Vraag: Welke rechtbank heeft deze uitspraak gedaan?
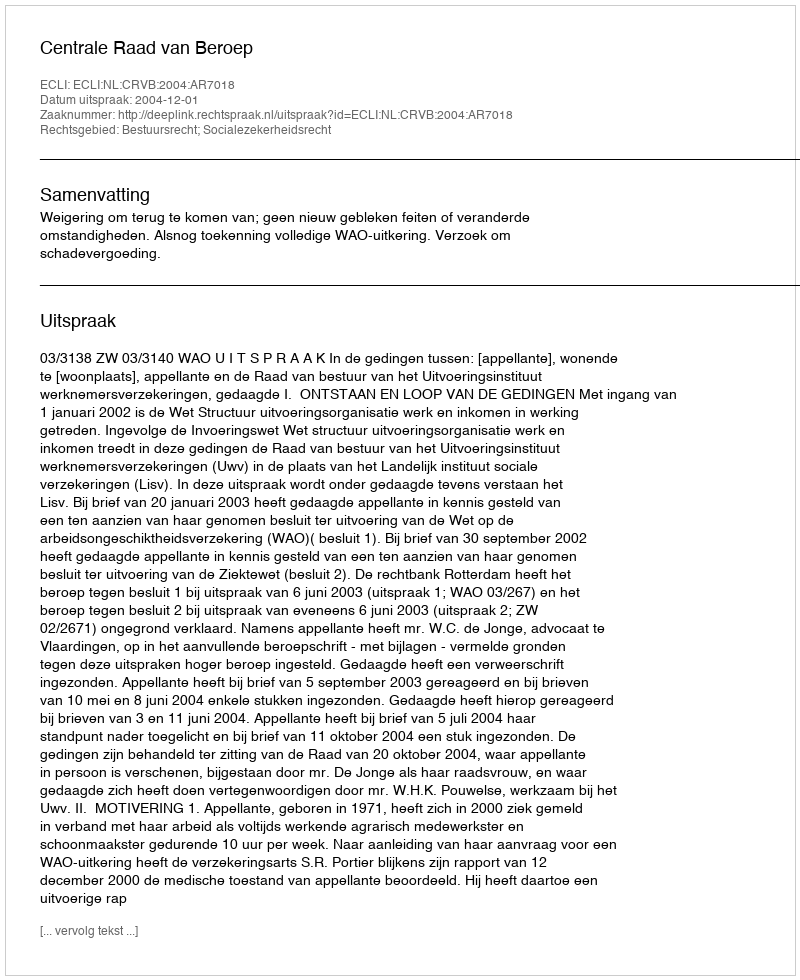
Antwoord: Centrale Raad van Beroep